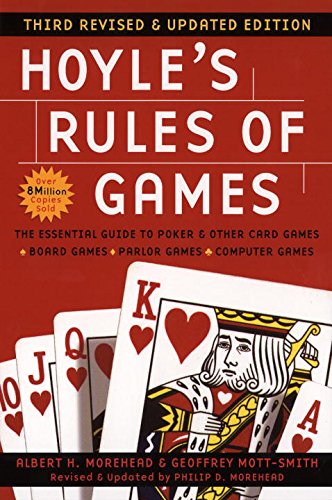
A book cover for Hoyle's Rules of Games: Third Revised and Updated Edition; Albert H. Morehead; Humor & Entertainment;